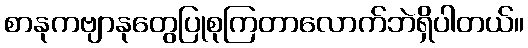
စာနုကဗျာနုတွေပြုစုကြတာလောက်ဘဲရှိပါတယ်။